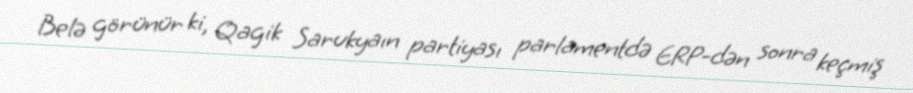
Belə görünür ki, Qagik Sarukyaın partiyası parlamentdə ERP-dən sonra keçmiş